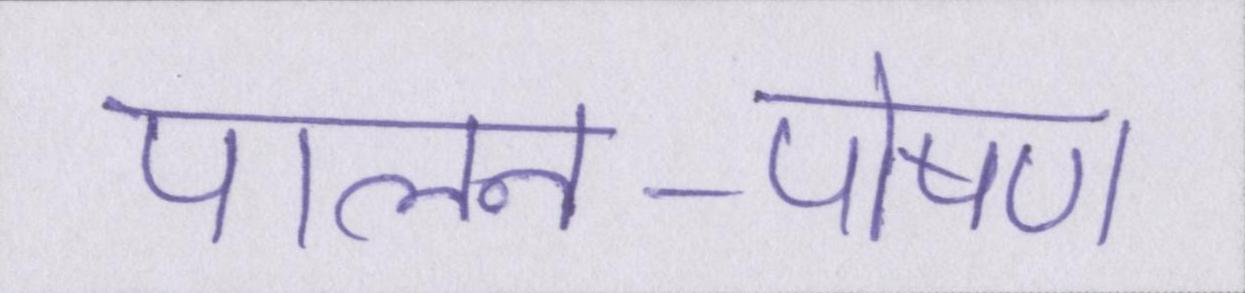
पालन-पोषण